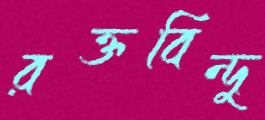
রক্তবিন্দু